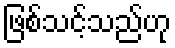
ဖြစ်သင့်သည်ဟု